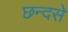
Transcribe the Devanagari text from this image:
छन्दसे